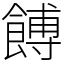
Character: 餺